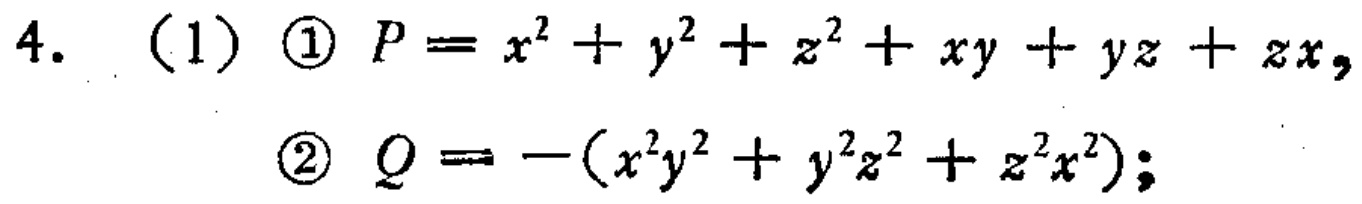
4. （1）\textcircled{1} \(P = x^{2}+y^{2}+z^{2}+xy + yz + zx\)，

\textcircled{2} \(Q=-(x^{2}y^{2}+y^{2}z^{2}+z^{2}x^{2})\)；